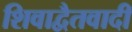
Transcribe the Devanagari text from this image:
शिवाद्वैतवादी